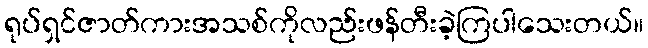
ရုပ်ရှင်ဇာတ်ကားအသစ်ကိုလည်းဖန်တီးခဲ့ကြပါသေးတယ်။